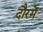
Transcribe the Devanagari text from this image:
दौरमें